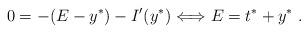
LaTeX: \begin{align*}0= -(E-y^*)-I'(y^*) \Longleftrightarrow E=t^*+ y^*\ .\end{align*}